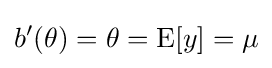
b'(\theta )=\theta =\operatorname {E} [y]=\mu